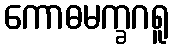
ကောဓမက္ခဂရူ